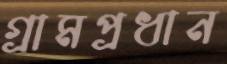
গ্রামপ্রধান